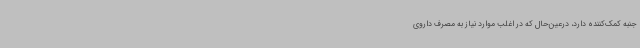
جنبه کمک‌کننده دارد، درعین‌حال که در اغلب موارد نیاز به مصرف داروی